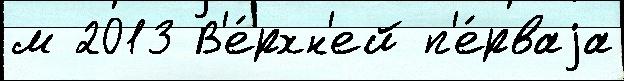
м 2013 В'е́рхн'ей п'е́рваjа